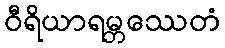
ဝီရိယာရမ္ဘဿေတံ